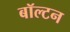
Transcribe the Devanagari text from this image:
बॉल्टन